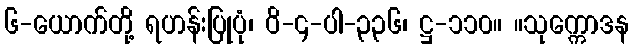
၆-ယောက်တို့ ရဟန်းပြုပုံ၊ ဝိ-၄-ပါ-၃၃၆၊ ဋ္ဌ-၁၁၀။ ။သုက္ကောဒန